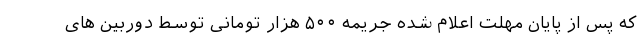
که پس از پایان مهلت اعلام شده جریمه ۵۰۰ هزار تومانی توسط دوربین های